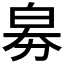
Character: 𤽘